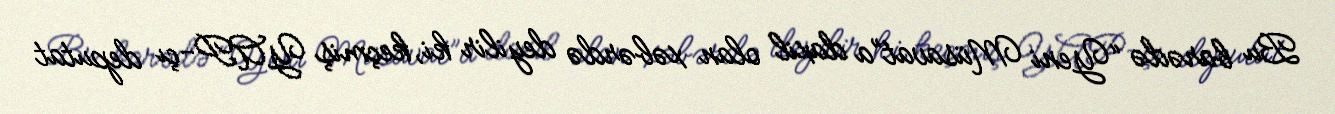
Bu barədə “Yeni Müsavat”a daxil olan xəbərdə deyilir ki, keçmiş YAP-çı deputat